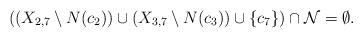
LaTeX: \begin{align*}\mbox{$((X_{2,7}\setminus N(c_2))\cup (X_{3,7}\setminus N(c_3))\cup\{c_7\})\cap {\cal N}=\emptyset$.}\end{align*}